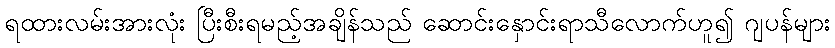
ရထားလမ်းအားလုံး ပြီးစီးရမည့်အချိန်သည် ဆောင်းနှောင်းရာသီလောက်ဟူ၍ ဂျပန်များ